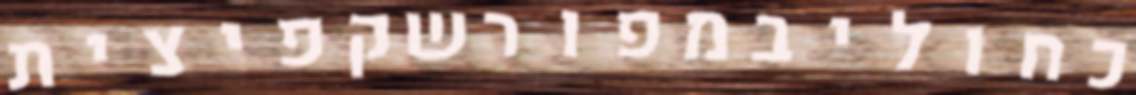
כחוליבמפורשקפיצית